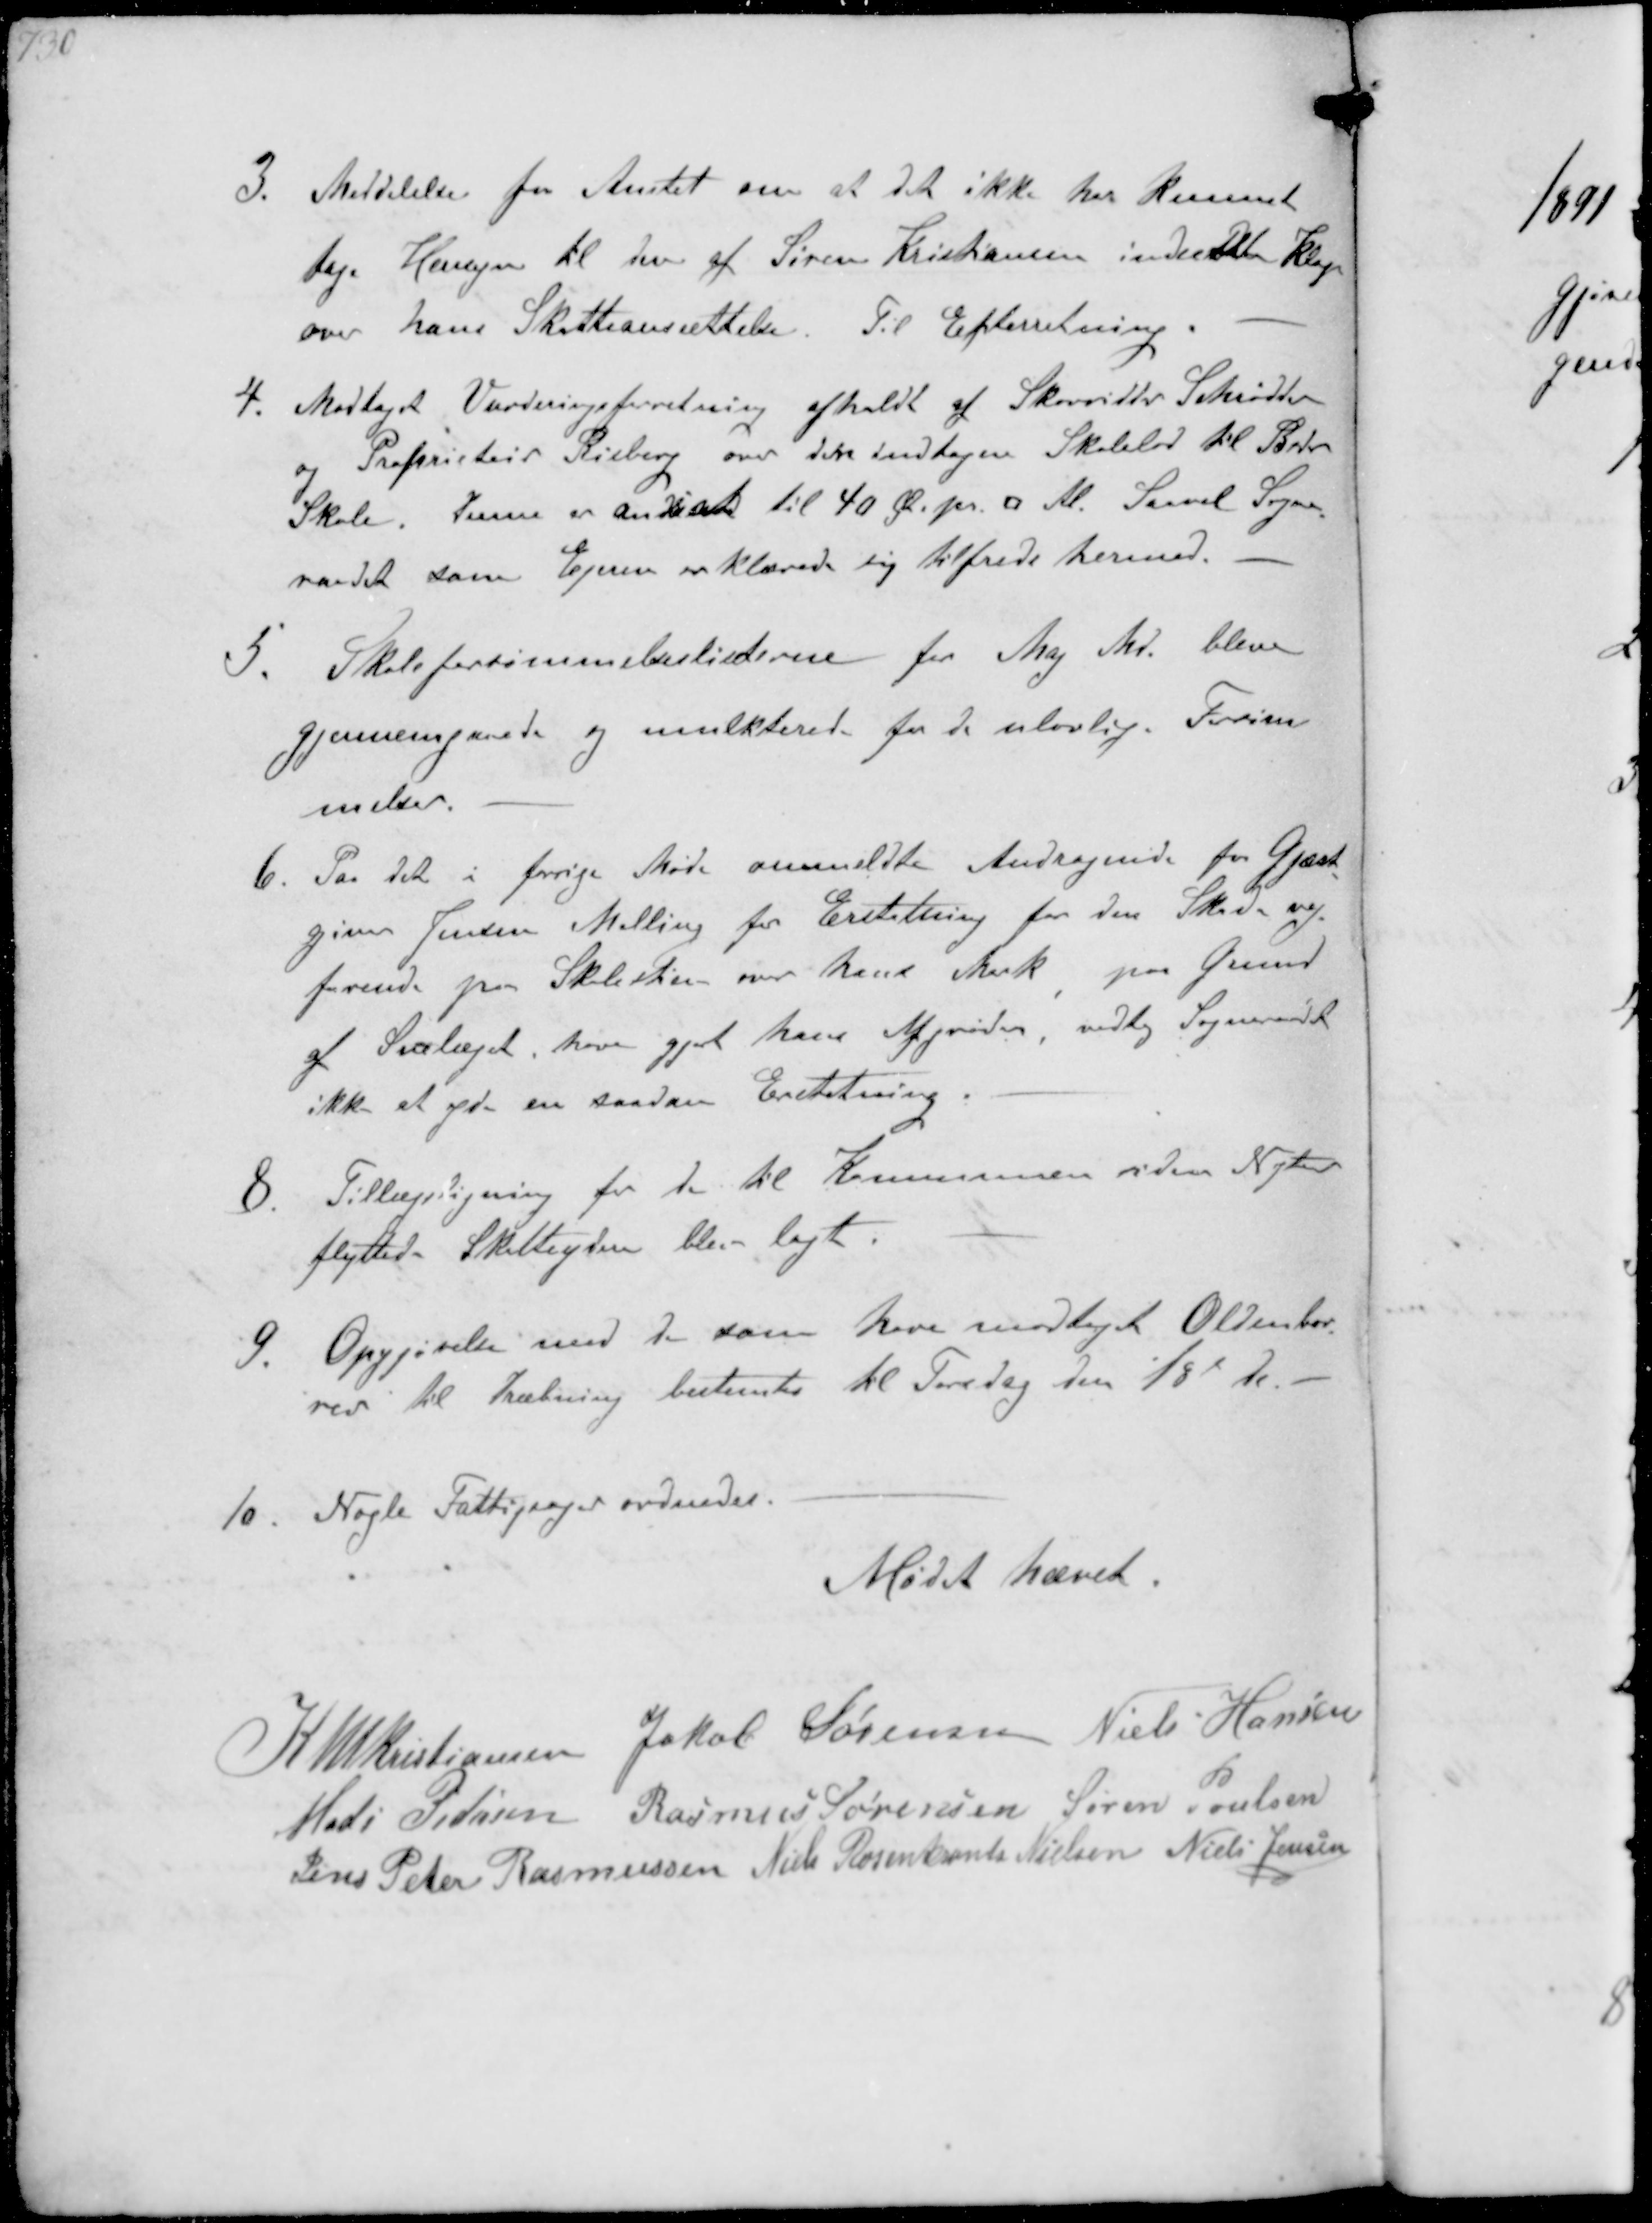
Transskription:
3. Meddelelse for Amtet om at de ikke har kunnet
tage Hensyn til den at Søren Kristiansen indsendte Klage
over hans Skatteansættelse. Til Efterretning
4. Modtaget Vurderingsforretning afholdt af Skovridder Schrøder
Proprietair Risberg over den indtagne Skolelod til Beder
Skole. Denne er ansat til 40 Øre pr. □ Al. Saavel Sogne-
raadet som Ejerne erklærede sig tilfreds hermed.
5. Skoleforsømmelseslisterne for Maj Md. bleve
gjennemgaaede og mulkterede for de ulovlige Forsøm-
melser
6. Paa det i forrige Møde ommeldte Andragende fra Gjæst-
giver Jensen Malling for Erstatning for den Skade vej-
farende paa Skolestien over hans Mark paa Grund
af Snelæget have giort hans Afgrøider, vedtog Sogneraadet
ikke at yde en saadan Erstatning.
8. Tillægsligning for de til Kommunen siden Nytaar
flyttede Skatteydere blev lagt.
9. Opgjørelse med de som have modtaget Oldenbor-
rer til dræbning bestemtes til Torsdag den 18d ds
10. Nogle Fattigsager ordnedes.

Mødet hævet

K N M Kristiansen Jakob Sørensen Niels Hansen
Mads Pedersen Rasmus Sørensen Søren Poulsen
Jens Peter Rasmussen Niels Rosenkrands Nielsen Niels Jensen